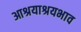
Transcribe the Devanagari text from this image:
आश्रयाश्रयभाव